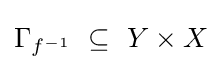
\Gamma _{f^{-1}}\ \subseteq \ Y\times X